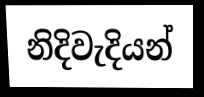
නිදිවැදියන්